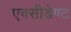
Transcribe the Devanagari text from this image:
एक्सीडेण्ट